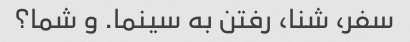
سفر، شنا، رفتن به سینما. و شما؟